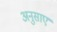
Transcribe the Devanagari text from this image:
अनुसाए